Vaccination Hyderabad 1890-1903 - 1890-1903
Year: 1890
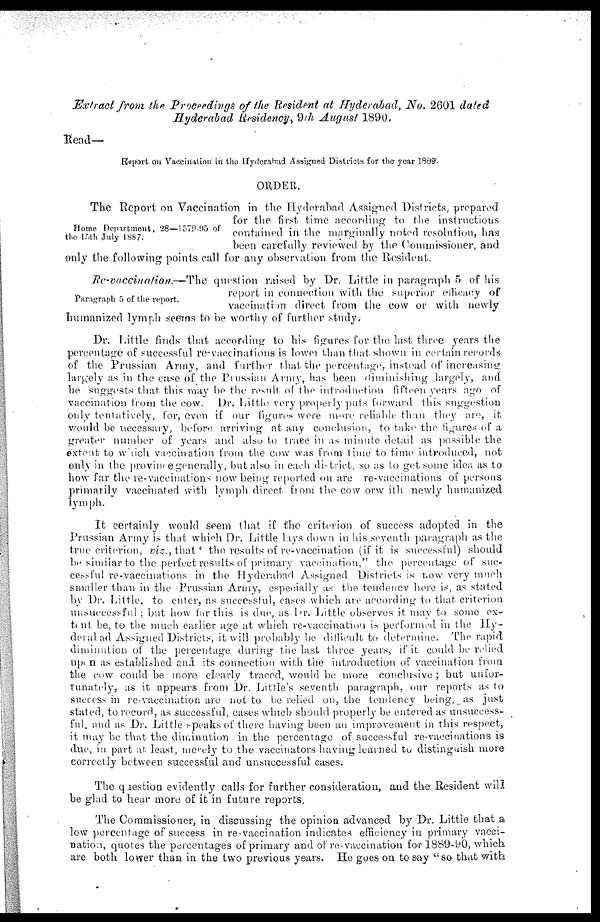
Extract from the Proceedings of the Resident at Hyderabad, No. 2601 dated
Hyderabad Residency, 9th August 1890.
Read—
Report on Vaccination in the Hyderabad Assigned Districts for the year 1889.
ORDER.
Home Department, 28—1579-95 of
the 15th July 1887.
The Report on Vaccination in the Hyderabad Assigned Districts, prepared
for the first time according to the instructions
contained in the marginally noted resolution, has
been carefully reviewed by the Commissioner, and
only the following points call for any observation from the Resident.
Paragraph 5 of the report.
Re-vaccination.— The question raised by Dr. Little in paragraph 5 of his
report in connection with the superior efficacy of
vaccination direct from the cow or with newly
humanized lymph seems to be worthy of further study.
Dr. Little finds that according to his figures for the last three years the
percentage of successful re-vaccinations is lower than that shown in certain records
of the Prussian Army, and further that the percentage, instead of increasing,
largely as in the case of the Prussian Army, has been diminishing largely, and
be suggests that this may be the result of the introduction fifteen years ago of
vaccination from the cow. Dr. Little very properly puts forward this suggestion
only tentatively, for, even if our figures were more reliable than they are, it
would be necessary, before arriving at any conclusion, to take the figures of a
greater number of years and also to trace in as minute detail as possible the
extent to which vaccination from the cow was from time to time introduced, not
only in the province generally, but also in each district, so as to get some idea as to
how far the re-vaccinations now being reported on are re-vaccinations of persons
primarily vaccinated with lymph direct from the cow or with newly humanized
lymph.
It certainly would seem that if the criterion of success adopted in the
Prussian Army is that which Dr. Little lays down in his seventh paragraph as the
true criterion, viz., that " the results of re-vaccination (if it is successful) should
be similar to the perfect results of primary vaccination," the percentage of suc-
cessful re-vaccinations in the Hyderabad Assigned Districts is now very much
smaller than in the Prussian Army, especially as the tendency here is, as stated
by Dr. Little, to enter, as successful, cases which are according to that criterion
unsuccessful ; but how far this is due, as Dr. Little observes it may to some ex-
tent be, to the much earlier age at which re-vaccination is performed in the Hy¬
derabad Assigned Districts, it will probably be difficult to determine. The rapid
diminution of the percentage during the last three years, if it could be relied
upon as established and its connection with the introduction of vaccination from
the cow could be more clearly traced, would be more conclusive ; but unfor-
tunately, as it appears from Dr. Little's seventh paragraph, our reports as to
success in re-vaccination are not to be relied on, the tendency being, as just
stated, to record, as successful, cases which should properly be entered as unsuccess-
ful, and as Dr. Little speaks of there having been an improvement in this respect,
it may be that the diminution in the percentage of successful re-vaccinations is
due, in part at, least, merely to the vaccinators having learned to distinguish more
correctly between successful and unsuccessful cases.
The question evidently calls for further consideration, and the Resident will
be glad to hear more of it in future reports.
The Commissioner, in discussing the opinion advanced by Dr. Little that a
low percentage of success in re-vaccination indicates efficiency in primary vacci-
nation, quotes the percentages of primary and of re-vaccination for 1889-90, which
are both lower than in the two previous years. He goes on to say "so that with